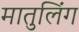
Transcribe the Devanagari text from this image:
मातुलिंग